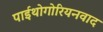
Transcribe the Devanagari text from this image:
पाईथोगोरियनवाद